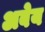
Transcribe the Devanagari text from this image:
अबेय